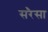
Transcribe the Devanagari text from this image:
सरैसा